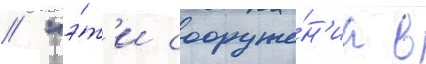
// "э́т'и сооруже́н'иа в